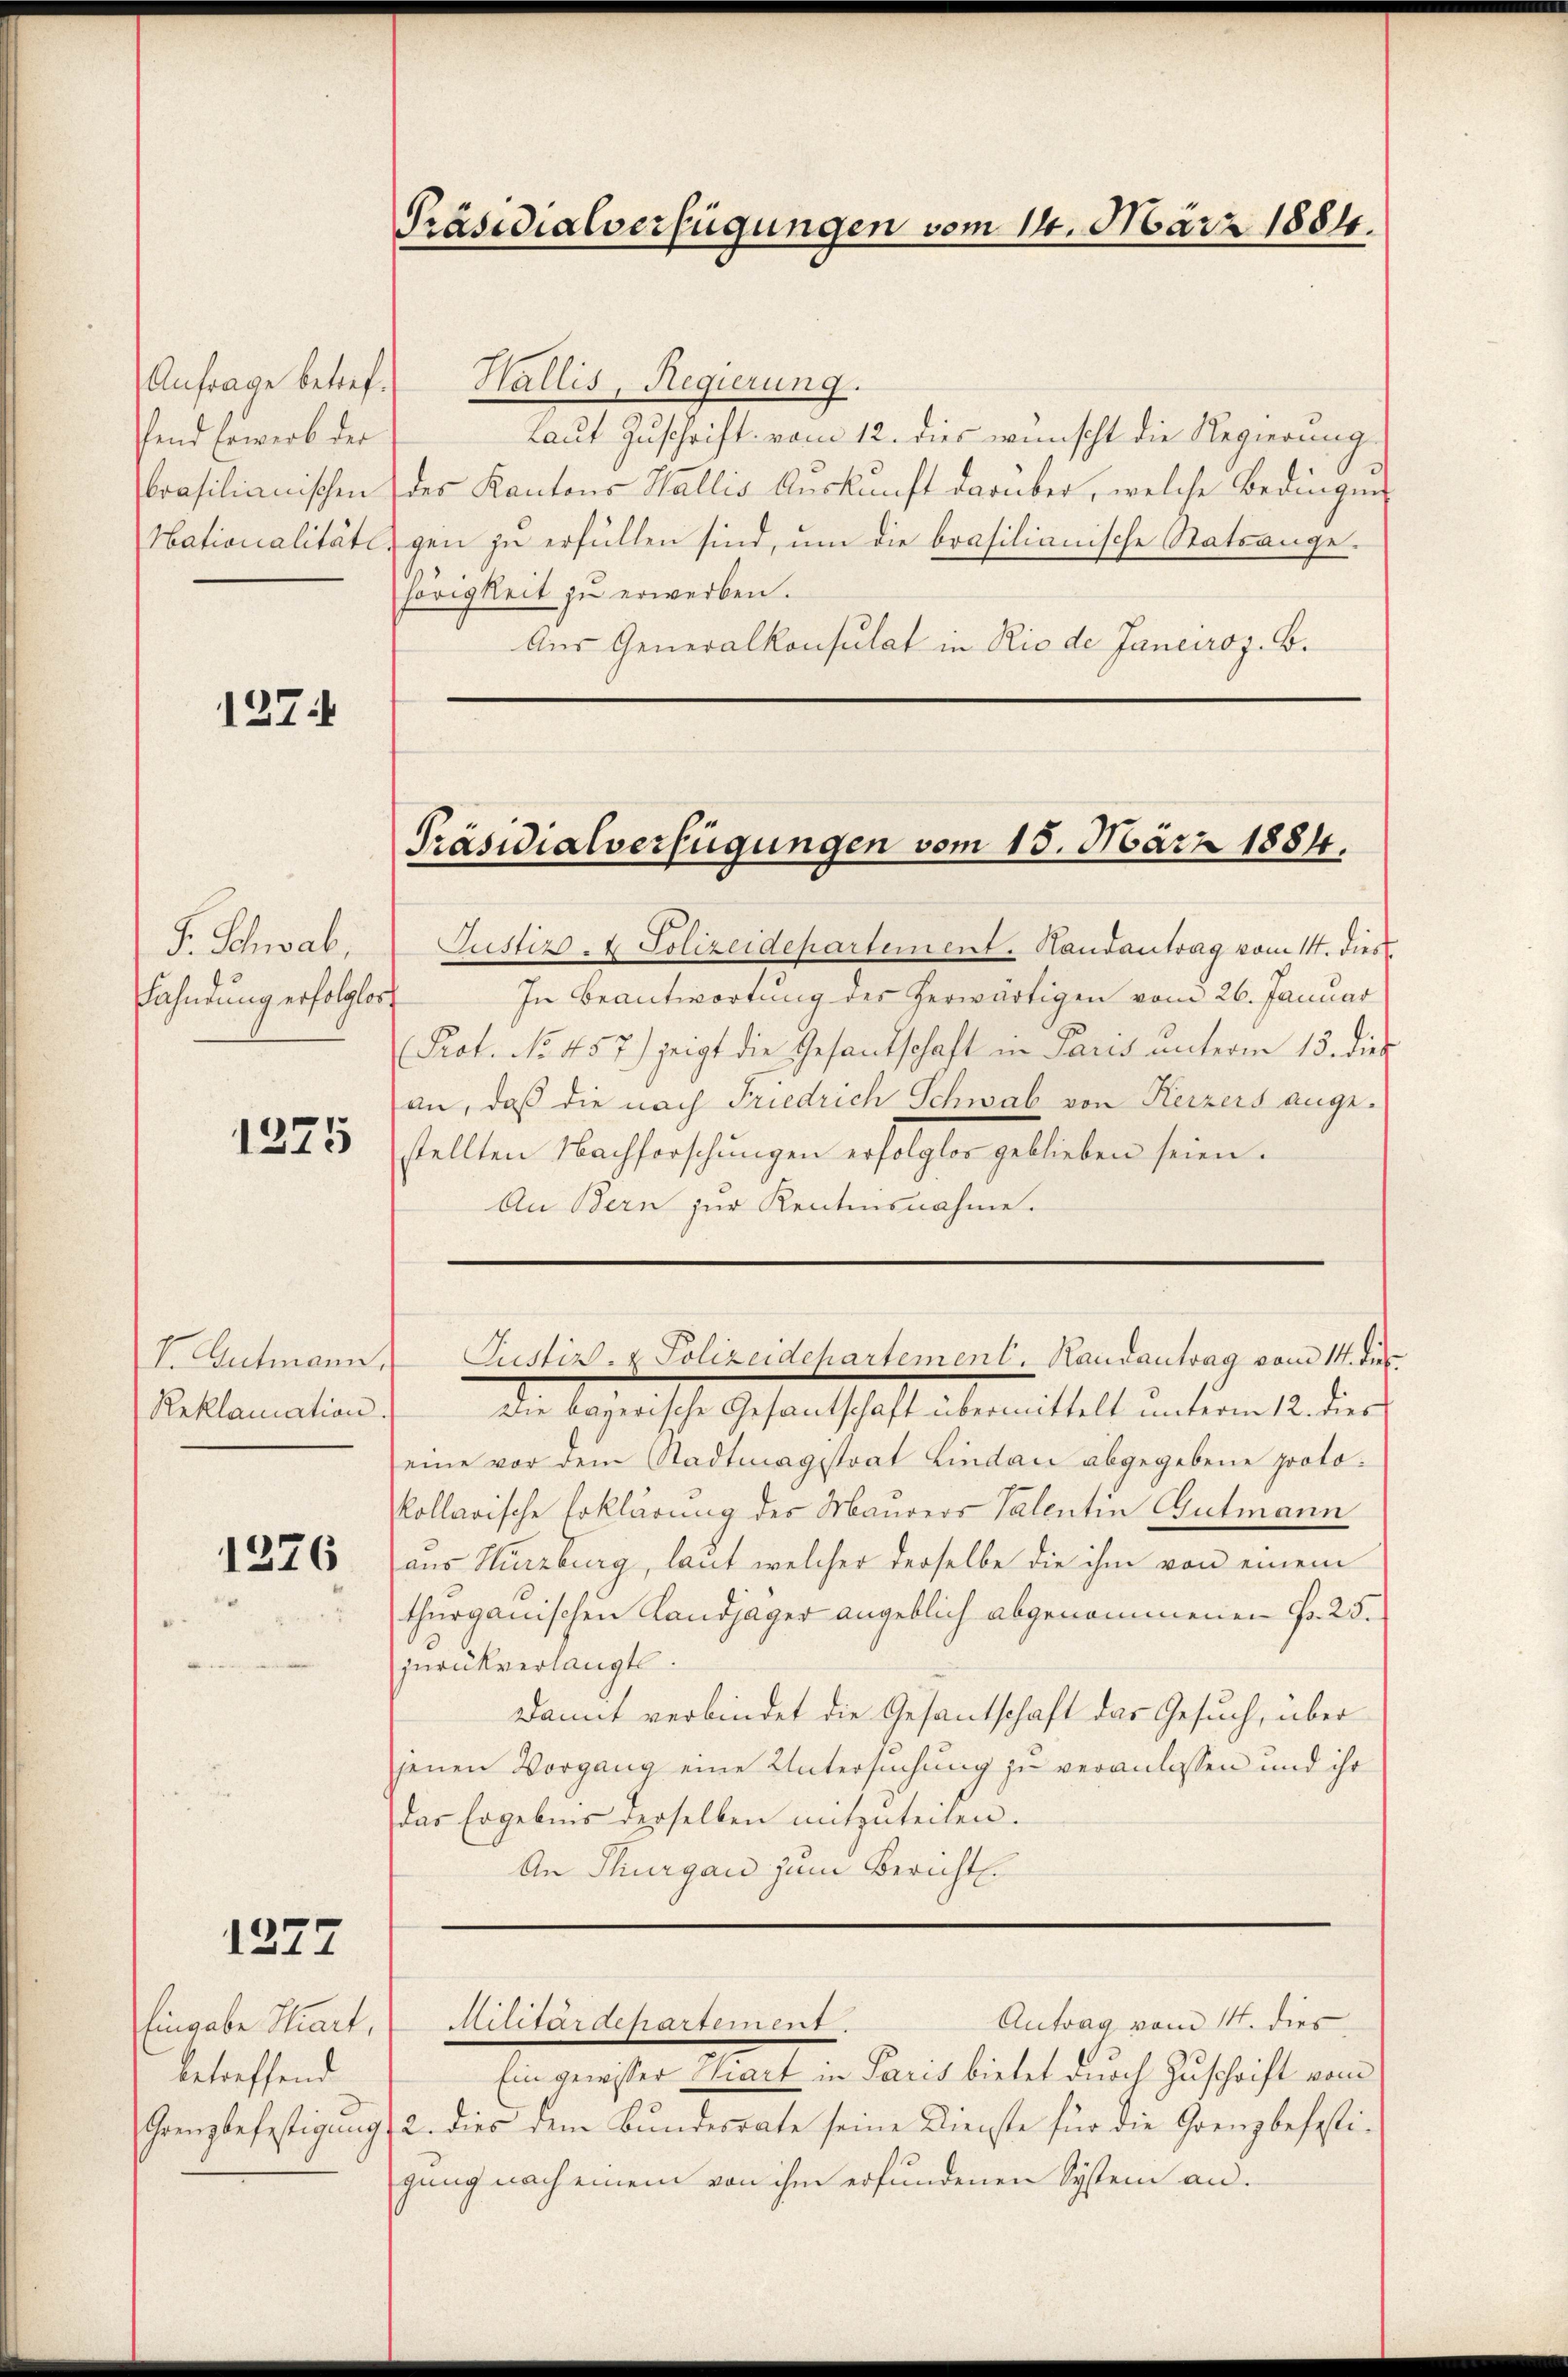
Anfrage betrefffend Erwerb der

1274

F. Schwab,
Fahndung erfolglos

1275

S. Gutmann
Reklamation

1276

1277

Eingabe Hirt,
betreffend

Präsidialverfügungen vom 14. März 1884.

Wallis, Regierung.
Laut Zuschrift vom 12. dies wünscht die Regierung
brasilianischen des Kantons Wallis Auskunft darüber, welche Bedingen
Nationalitäte, gen zu erfüllen sind, um die brasilianische Statsangehörigkeit zu erwerben.
Aus Generalkonsulat in Rio de Janeiroz. B.

Justiz- & Polizeidepartement. Handantrag vom 14. dies
In Beantwortung des herwärtigen vom 26. Januar
Prot. No. 457) zeigt die Gesandtschaft in Paris ŭnterm 13. die
an, daß die nach Friedrich Schwab von Herzers angestellten Nachforschungen erfolgter geblieben seien.
An Bern zur Kentensnahme.

Präsidialverfügungen vom 15. März 1884.

Justiz- & Polizeidehartement. Randantrag vom 14. di

die schnische Gesandtschaft de mittelt unteren u. dies
eine vor dem Stadtmagistrat Lindau abgegebene protokollarische Erklärung des Maurers Valentin Gutmann
aus Hurzburg, laut welcher derselbe die ihm von einem
thurgauischen Landjäger angeblich abgenommenen Fr. 25.
zurückverlangt.
Damit verbindet die Gesantschaft das Gesuch, über
jenen Vorgang eine Untersuchung zu veranlassen und ihr
das Ergebnis derselben mitzuteilen.
An Thurgau zum Bericht.

Antrag vom 14. dies
Militärdepartement.

Ein gewisser Wart in Paris bietet durch Zuschrift vom
Grenzbefestigung 2. dies dem Bŭndesrate seine Dienste für die Grenzbefesti-
gung nach einem von ihm erfundenen System an.